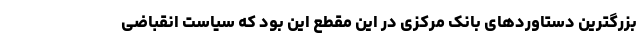
بزرگترین دستاوردهای بانک مرکزی در این مقطع این بود که سیاست انقباضی